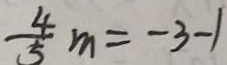
\frac { 4 } { 5 } m = - 3 - 1